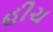
હીચ